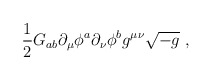
\begin{align*}\frac{1}{2}G_{ab} \partial_ \mu \phi ^a \partial_\nu \phi ^b g^{\mu\nu}\sqrt{-g} \ ,\end{align*}